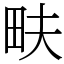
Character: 畉